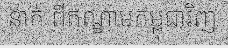
នាក់ ពីឥណ្ឌាមកម្ពុជាវិញ